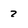
Character: 2